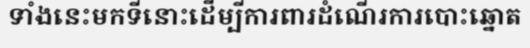
ទាំងនេះមកទីនោះដើម្បីការពារដំណើរការបោះឆ្នោត